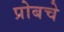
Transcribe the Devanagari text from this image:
प्रोबचे